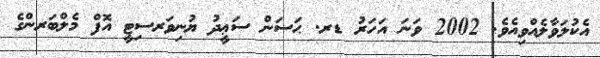
އެކުލަވާލެއްވިއެވެ. 2002 ވަނަ އަހަރު ޑރ. ޙަސަން ސަޢީދު ޔުނިވަރސިޓީ އޮފް މެލްބަރންގެ